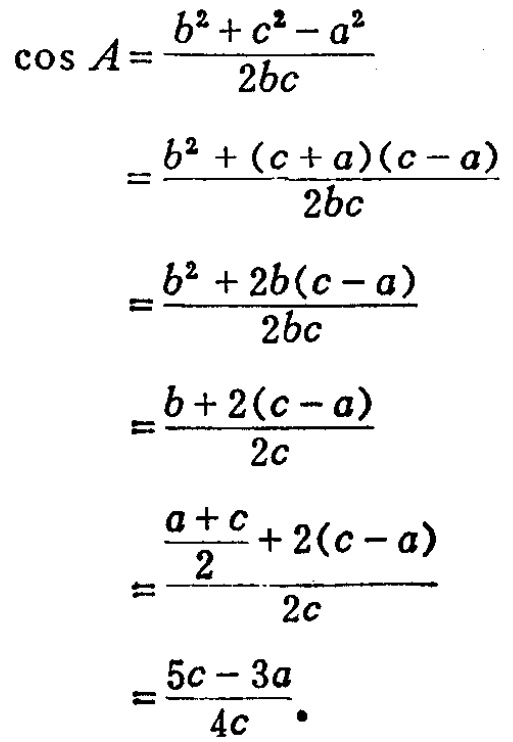
\[\begin{align*}
\cos A&=\frac{b^{2}+c^{2}-a^{2}}{2bc}\\
&=\frac{b^{2}+(c + a)(c - a)}{2bc}\\
&=\frac{b^{2}+2b(c - a)}{2bc}\\
&=\frac{b + 2(c - a)}{2c}\\
&=\frac{\frac{a + c}{2}+2(c - a)}{2c}\\
&=\frac{5c - 3a}{4c}
\end{align*}\]